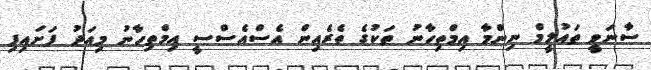
ސާނަވީ ތައުލީމް ނިންމާ އިމްތިހާނު ތަކުގެ ތެރެއިން އެސްއެސްސީ އިމްތިހާނު މިއަދު ފަށައިފި